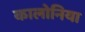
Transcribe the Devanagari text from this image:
कालोनिया